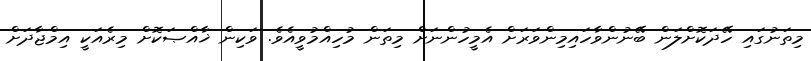
މިތަނުގައި ހޭދަކޮށްލަން ބޭނުންވާހައިމިންވަރަށް އެމީހުންނަށް މިތަން މުހިއްމުވީއެވެ. ވަކިން ޚާއްޞަކޮށް މިރެއަކީ އިމްޖާދަށް